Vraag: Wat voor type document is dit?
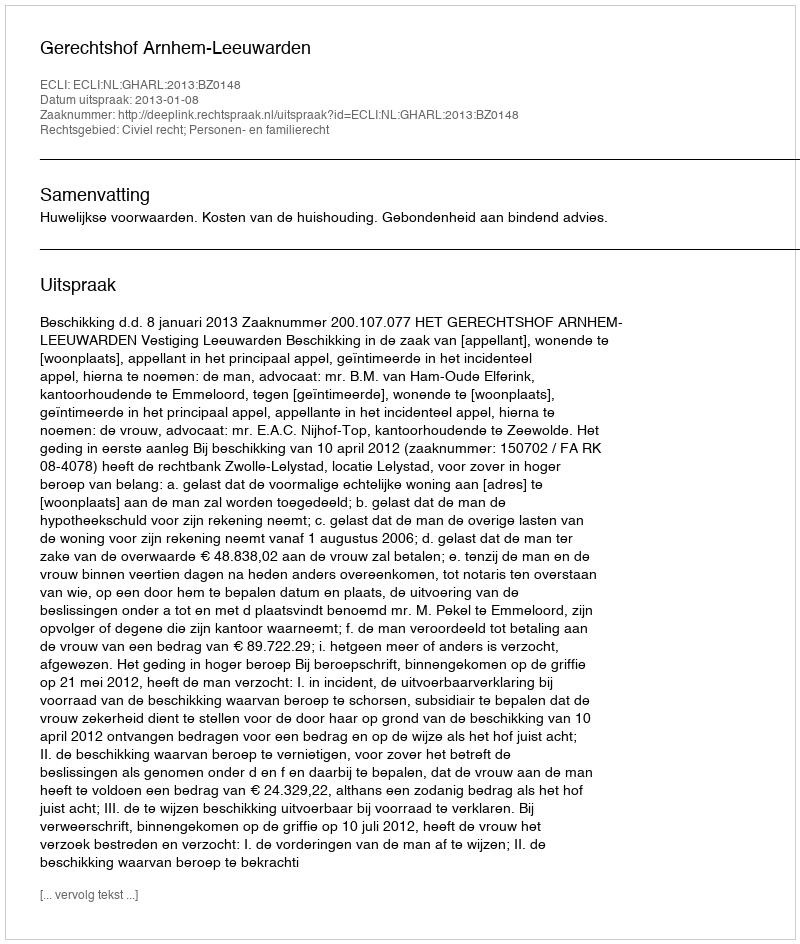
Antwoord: Uitspraak